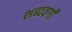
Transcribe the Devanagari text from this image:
शब्दवर्गों